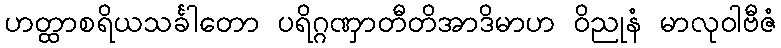
ဟတ္ထာစရိယသင်္ခါတော ပရိဂ္ဂဏှာတီတိအာဒိမာဟ ဝိညုနံ မာလုဝါဗီဇံ